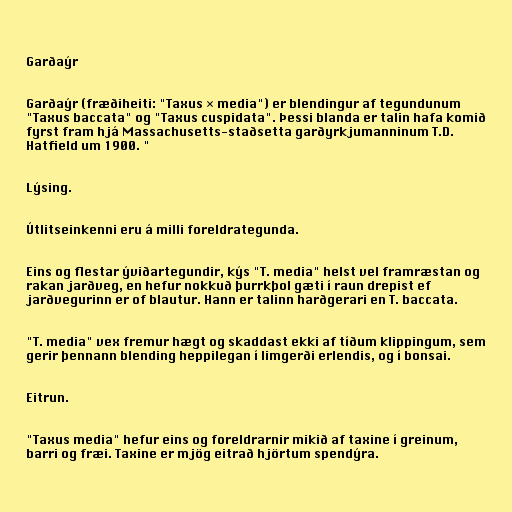
Garðaýr

Garðaýr (fræðiheiti: "Taxus × media") er blendingur af tegundunum
"Taxus baccata" og "Taxus cuspidata". Þessi blanda er talin hafa komið
fyrst fram hjá Massachusetts-staðsetta garðyrkjumanninum T.D.
Hatfield um 1900. "

Lýsing.

Útlitseinkenni eru á milli foreldrategunda.

Eins og flestar ýviðartegundir, kýs "T. media" helst vel framræstan og
rakan jarðveg, en hefur nokkuð þurrkþol gæti í raun drepist ef
jarðvegurinn er of blautur. Hann er talinn harðgerari en T. baccata.

"T. media" vex fremur hægt og skaddast ekki af tíðum klippingum, sem
gerir þennann blending heppilegan í limgerði erlendis, og í bonsai.

Eitrun.

"Taxus media" hefur eins og foreldrarnir mikið af taxine í greinum,
barri og fræi. Taxine er mjög eitrað hjörtum spendýra.